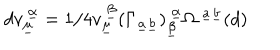
d v _ { \underline { { { \mu } } } } ^ { ~ \underline { { { \alpha } } } } = 1 / 4 v _ { \underline { { { \mu } } } } ^ { ~ \underline { { { \beta } } } } ( \Gamma _ { \underline { { { a } } } \underline { { { b } } } } ) _ { \underline { { { \beta } } } } ^ { ~ \underline { { { \alpha } } } } \Omega ^ { ~ \underline { { { a } } } \underline { { { b } } } } ( d ) \qquad